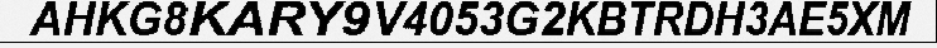
AHKG8KARY9V4053G2KBTRDH3AE5XM